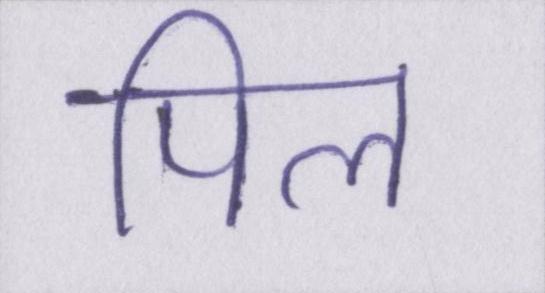
पिल